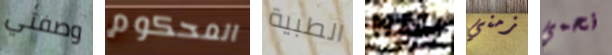
وصفتي المحكوم الطبية جوليو زمني نحمي